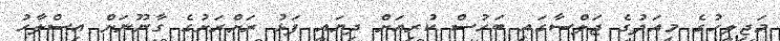
މަޖިލީހުގެ މިއަދުގެ ޖަލްސާގައި ބަހުސް ކުރިއަށް ދިޔައީ ފަޅު ރަށްރަށުގެ ގާނޫނަށް އިސްލާހު